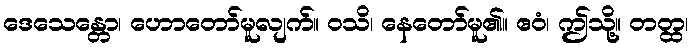
ဒေသေန္တော၊ ဟောတော်မူလျက်။ ဝသိ၊ နေတော်မူ၏။ ဧဝံ၊ ဤသို့။ တတ္ထ၊